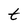
Character: t